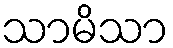
သာမိသာ